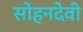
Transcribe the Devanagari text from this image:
सोहनदेवी